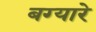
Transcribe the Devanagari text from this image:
बग्यारे